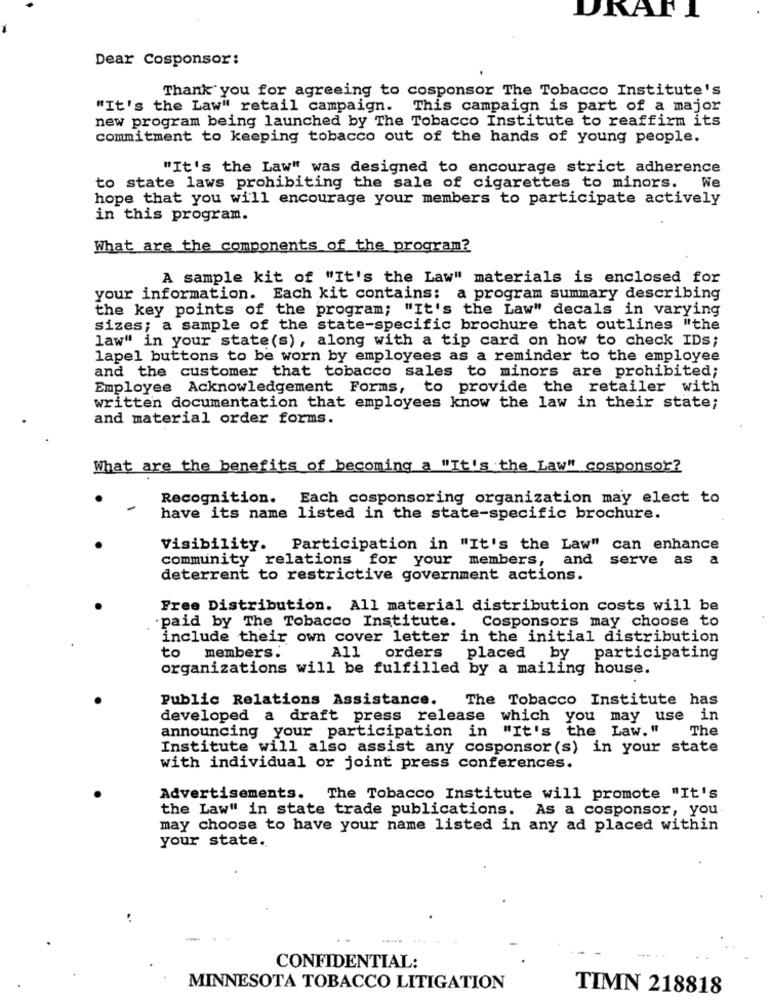
Dear Cosponsor:
Thank you for agreeing to cosponsor The Tobacco Institute's
"It's the Law" retail campaign. This campaign is part of a major
new program being launched by The Tobacco Institute to reaffirm its
commitment to keeping tobacco out of the hands of young people.
"It's the Law" was designed to encourage strict adherence
to state laws prohibiting the sale of cigarettes to minors. We
hope that you will encourage your members to participate actively
in this program.
What are the components of the program?
A sample kit of "It's the Law" materials is enclosed for
your information. Each kit contains: a program summary describing
the key points of the program; "It's the Law" decals in varying
sizes; a sample of the state-specific brochure that outlines "the
law" in your state(s), along with a tip card on how to check IDs;
lapel buttons to be worn by employees as a reminder to the employee
and the customer that tobacco sales to minors are prohibited;
Employee Acknowledgement Forms, to provide the retailer with
written documentation that employees know the law in their state;
and material order forms.
What are the benefits of becoming a "It's the Law" cosponsor?
Recognition.
Each cosponsoring organization may elect to
have its name listed in the state-specific brochure.
Visibility. Participation in "It's the Law" can enhance
community relations for your members, and
serve as a
deterrent to restrictive government actions.
Free Distribution. All material distribution costs will be
Cosponsors may choose to
paid by The Tobacco Institute.
include their own cover letter in the initial distribution
to members.
All orders placed by
participating
organizations will be fulfilled by a mailing house.
Public Relations Assistance.
The Tobacco Institute has
developed a draft press release which you may use in
announcing your participation in "It's the Law."
The
Institute will also assist any cosponsor(s) in your state
with individual or joint press conferences.
Advertisements. The Tobacco Institute will promote "It's
the Law" in state trade publications. As a cosponsor, you
may choose to have your name listed in any ad placed within
your state.
-
CONFIDENTIAL:
MINNESOTA TOBACCO LITIGATION
TIMN 218818